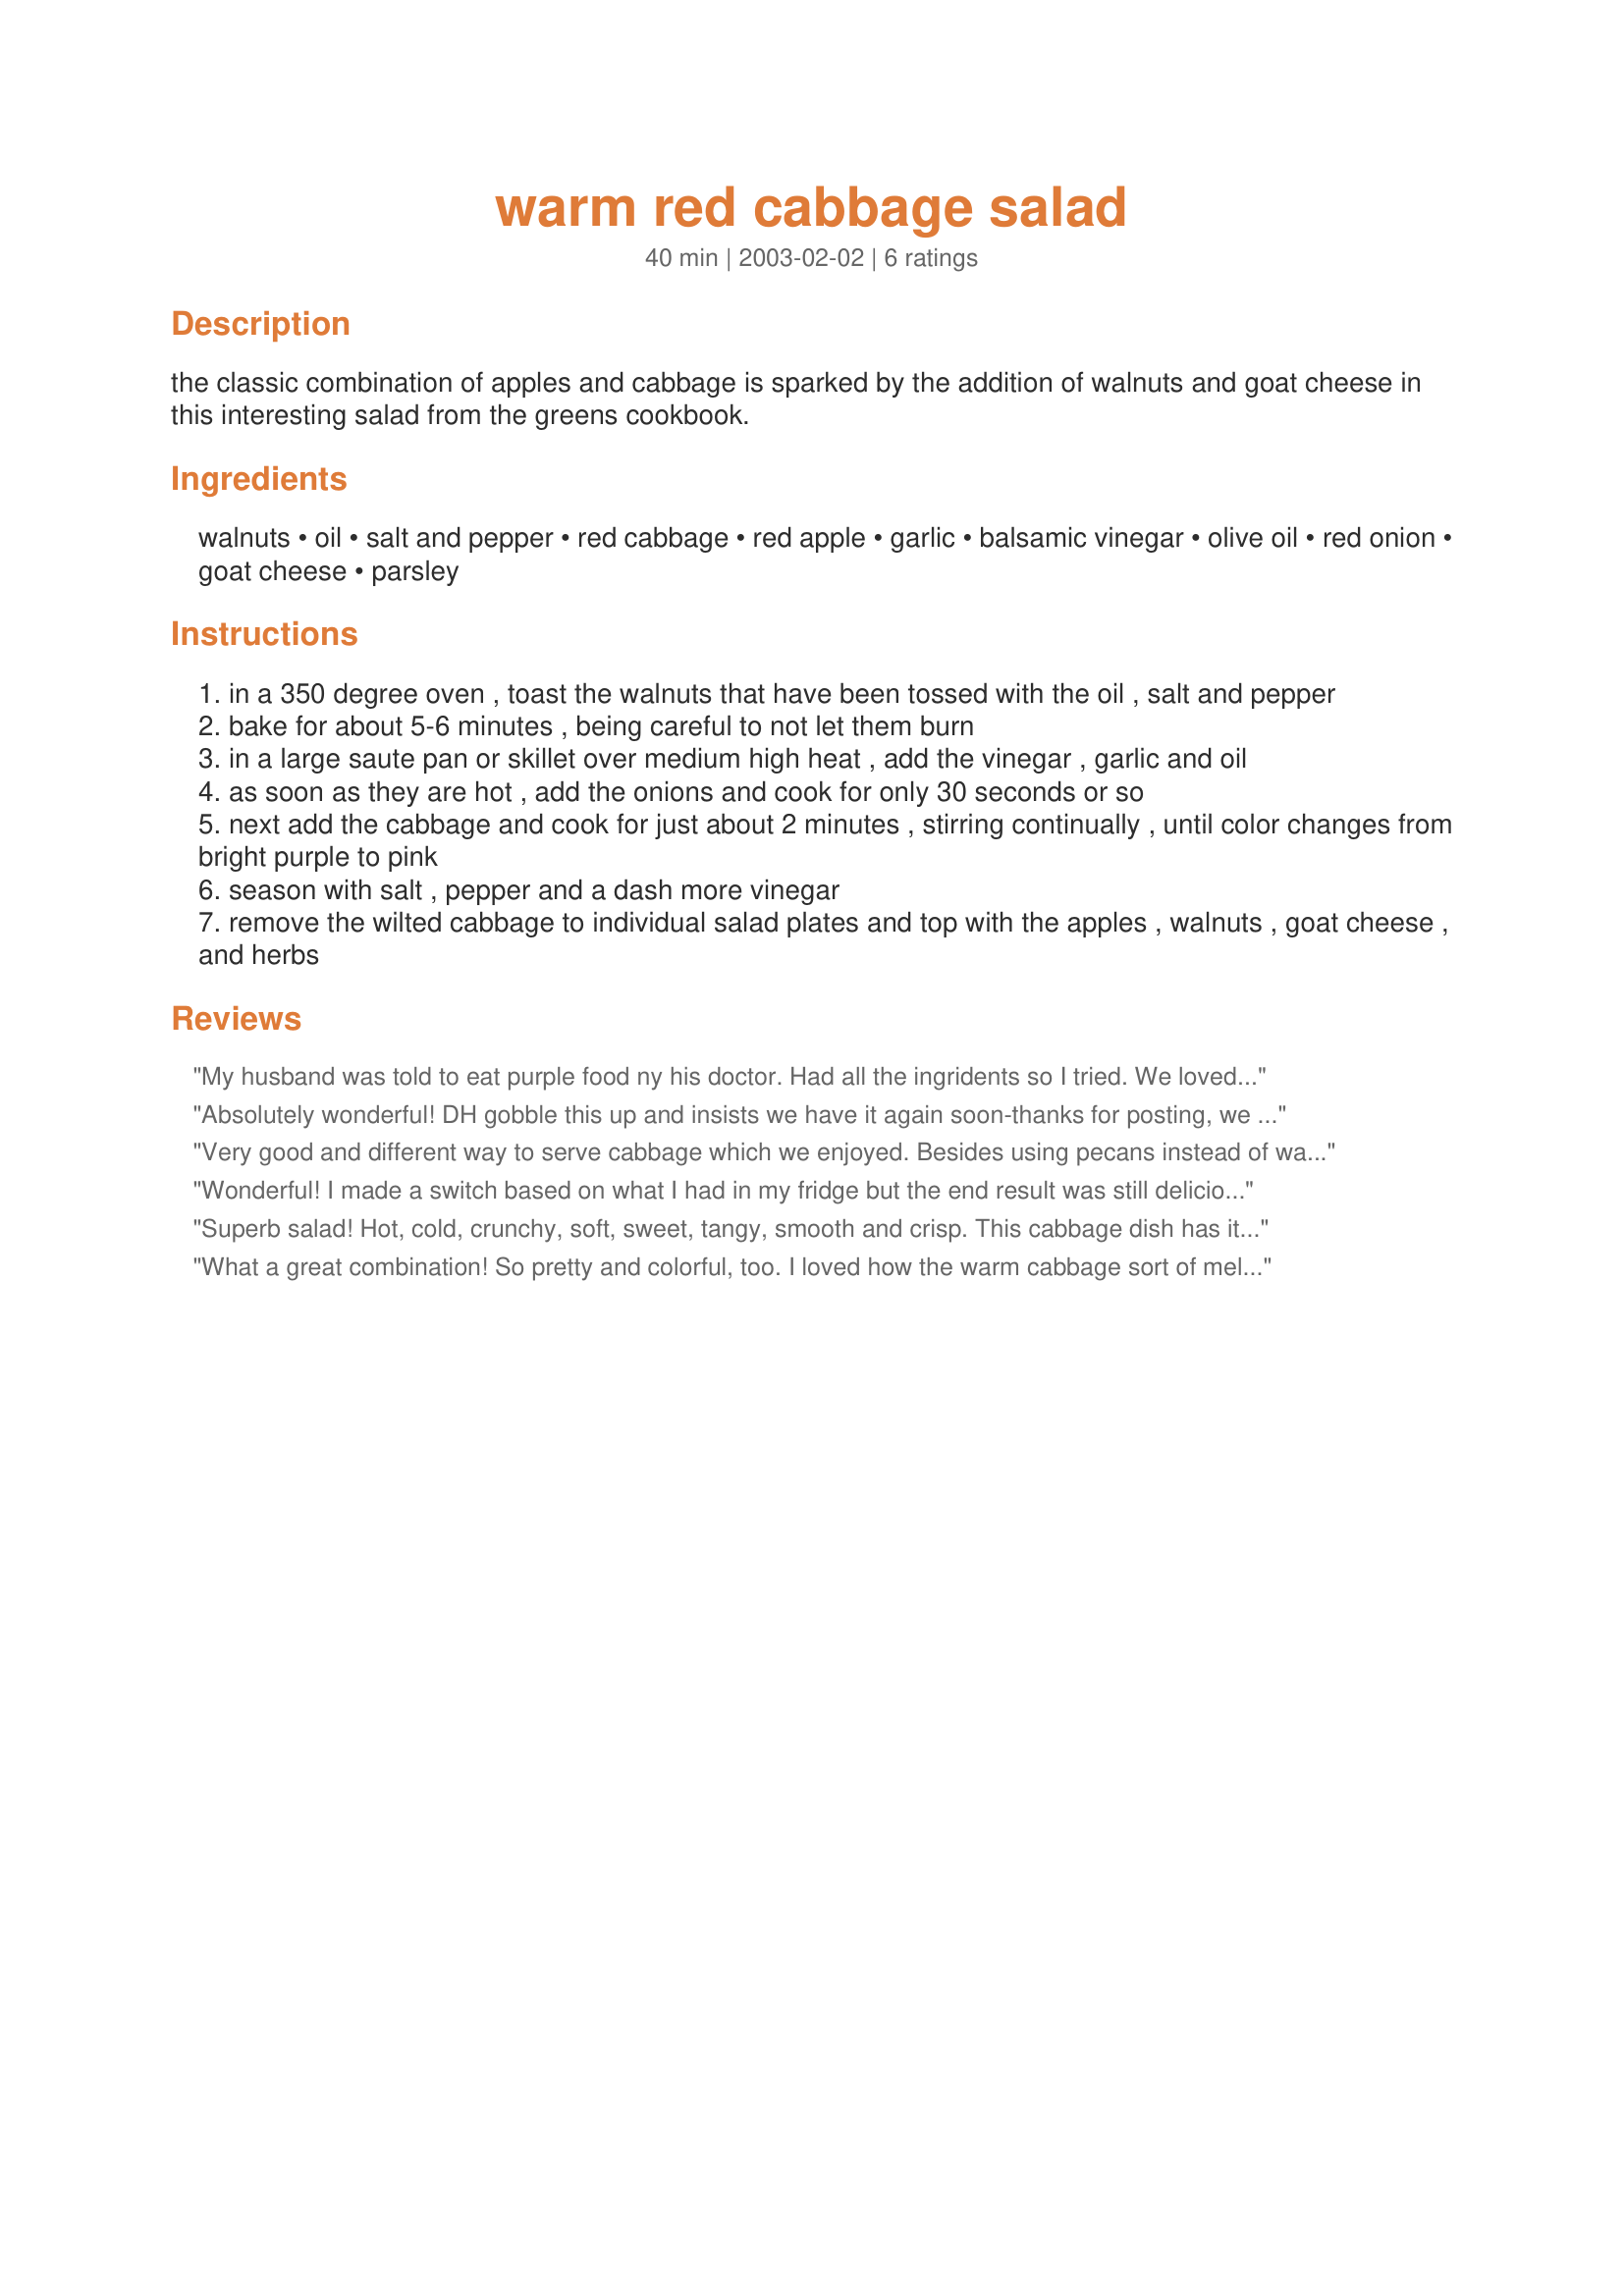
warm red cabbage salad
Preparation time: 40 minutes

the classic combination of apples and cabbage is sparked by the addition of walnuts and goat cheese in this interesting salad from the greens cookbook.

Ingredients:
walnuts, oil, salt and pepper, red cabbage, red apple, garlic, balsamic vinegar, olive oil, red onion, goat cheese, parsley

Steps:
in a 350 degree oven , toast the walnuts that have been tossed with the oil , salt and pepper
bake for about 5-6 minutes , being careful to not let them burn
in a large saute pan or skillet over medium high heat , add the vinegar , garlic and oil
as soon as they are hot , add the onions and cook for only 30 seconds or so
next add the cabbage and cook for just about 2 minutes , stirring continually , until color changes from bright purple to pink
season with salt , pepper and a dash more vinegar
remove the wilted cabbage to individual salad plates and top with the apples , walnuts , goat cheese , and herbs

Reviews:
My husband was told to eat purple food ny his doctor. Had all the ingridents so I tried. We loved it! The only thing is I did half and used red wine vinegar instead of balsamic because thats all I had.
Absolutely wonderful! DH gobble this up and insists we have it again soon-thanks for posting, we are always looking for more interesting ways to get our veggies
Very good and different way to serve cabbage which we enjoyed. Besides using pecans instead of walnuts I also used a regular onion instead of the red, but I don't think these slight changes made any difference in the taste of this recipe. Thanks Geema for a very good cabbage dish.
Wonderful! I made a switch based on what I had in my fridge but the end result was still delicious! I didn&#039;t have apples, but I had some prunes. I also chose to cook the onions for a few minutes longer. The combination of the red cabbage (I cheated here as well, I picked them up at the grocery store, ready chopped!), the goats cheese, the walnuts and the sweetness of the prunes, was wonderful. I was happy to eat this as a complete meal (my DH saw this as a side dish!!) but it has risen to the top of my easy but delicious &quot;worthy of a dinner party&quot; side&quot; dish list!
Superb salad! Hot, cold, crunchy, soft, sweet, tangy, smooth and crisp. This cabbage dish has it all, and to top it all off, it's gorgeous to look at. I LOVED this!
What a great combination! So pretty and colorful, too. I loved how the warm cabbage sort of melts the creamy goat cheese. This a perfect way to showcase cabbage in a salad other than the usual coleslaw. Thanx for posting this!
